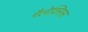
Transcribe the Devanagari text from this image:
गैलेक्सिस